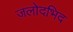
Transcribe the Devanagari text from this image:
जलोदभिद